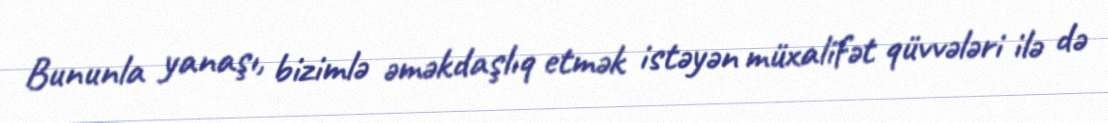
Bununla yanaşı, bizimlə əməkdaşlıq etmək istəyən müxalifət qüvvələri ilə də